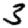
Digit: 3